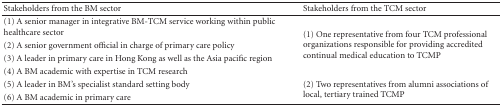
<table><thead><tr><td><b>Stakeholders from the BM sector</b></td><td><b>Stakeholders from the TCM sector</b></td><td></td></tr></thead><tbody><tr><td>(1) A senior manager in integrative BM-TCM service working within public healthcare sector</td><td rowspan="4">(1) One representative from four TCM professional organizations responsible for providing accredited continual medical education to TCMP</td><td></td></tr><tr><td>(2) A senior government official in charge of primary care policy</td><td></td></tr><tr><td>(3) A leader in primary care in Hong Kong as well as the Asia pacific region</td><td></td></tr><tr><td>(4) A BM academic with expertise in TCM research</td><td></td></tr><tr><td>(5) A leader in BM&#x27;s specialist standard setting body</td><td rowspan="2">(2) Two representatives from alumni associations of local, tertiary trained TCMP</td><td></td></tr><tr><td>(6) A BM academic in primary care</td><td></td></tr></tbody></table>